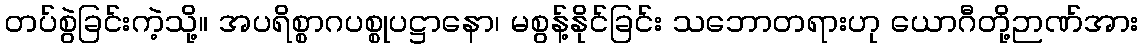
တပ်စွဲခြင်းကဲ့သို့။ အပရိစ္စာဂပစ္စုပဋ္ဌာနော၊ မစွန့်နိုင်ခြင်း သဘောတရားဟု ယောဂီတို့ဉာဏ်အား